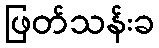
ဖြတ်သန်းခ